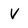
Character: V